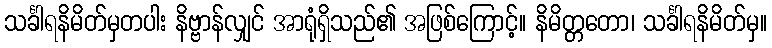
သင်္ခါရနိမိတ်မှတပါး နိဗ္ဗာန်လျှင် အာရုံရှိသည်၏ အဖြစ်ကြောင့်။ နိမိတ္တတော၊ သင်္ခါရနိမိတ်မှ။